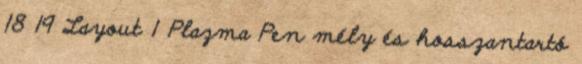
18 19 Layout 1 Plazma Pen mély és hosszantartó